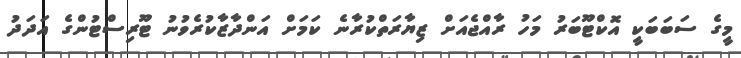
މީގެ ސަބަބަކީ އޮކްޓޫބަރު މަހު ރާއްޖެއަށް ޒިޔާރަތްކުރާނެ ކަމަށް އަންދާޒާކުރެވުނު ޓޫރިސްޓުންގެ އަދަދު